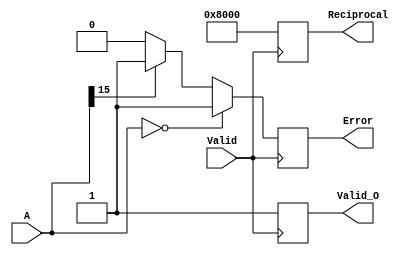
module BitwiseReciprocal #(
    parameter N = 16, // Width of the input and output
    parameter MAX_VALUE = {1'b1, {N-1{1'b0}}} // Maximum representable value for saturation
)(
    input  wire [N-1:0] A,      // Input number
    input  wire Valid,           // Input valid signal
    output reg  [N-1:0] Reciprocal, // Output reciprocal
    output reg  Valid_O,         // Output valid signal
    output reg  Error            // Error signal
);

    reg [N-1:0] guess;           // Current guess for the reciprocal
    reg [N-1:0] temp;            // Temporary variable for calculations
    integer i;                   // Loop counter

    always @(posedge Valid) begin
        // Initialize outputs
        Reciprocal = 0;
        Valid_O = 0;
        Error = 0;

        // Check for zero input
        if (A == 0) begin
            Error = 1;
            Reciprocal = MAX_VALUE; // Set to maximum representable value
            Valid_O = 1;
        end else if (A[N-1] == 1) begin
            // Handle negative numbers (optional, depending on requirements)
            Error = 1;
            Reciprocal = MAX_VALUE; // Set to maximum representable value
            Valid_O = 1;
        end else begin
            // Initialize guess (simple approximation)
            guess = {1'b1, {N-1{1'b0}}}; // Initial guess: 1.0 in fixed-point

            // Newton-Raphson iteration for reciprocal calculation
            for (i = 0; i < 8; i = i + 1) begin // Fixed number of iterations
                temp = guess * (2**N - A * guess); // temp = guess * (2^N - A * guess)
                guess = guess + (temp >> N); // Update guess
            end

            // Assign final guess to Reciprocal
            Reciprocal = guess;
            Valid_O = 1; // Indicate output is valid
        end
    end

endmodule